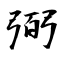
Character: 弼